Annual report of the Punjab Veterinary College and of the Civil Veterinary Department, Punjab - 1926-1932
Year: 1926
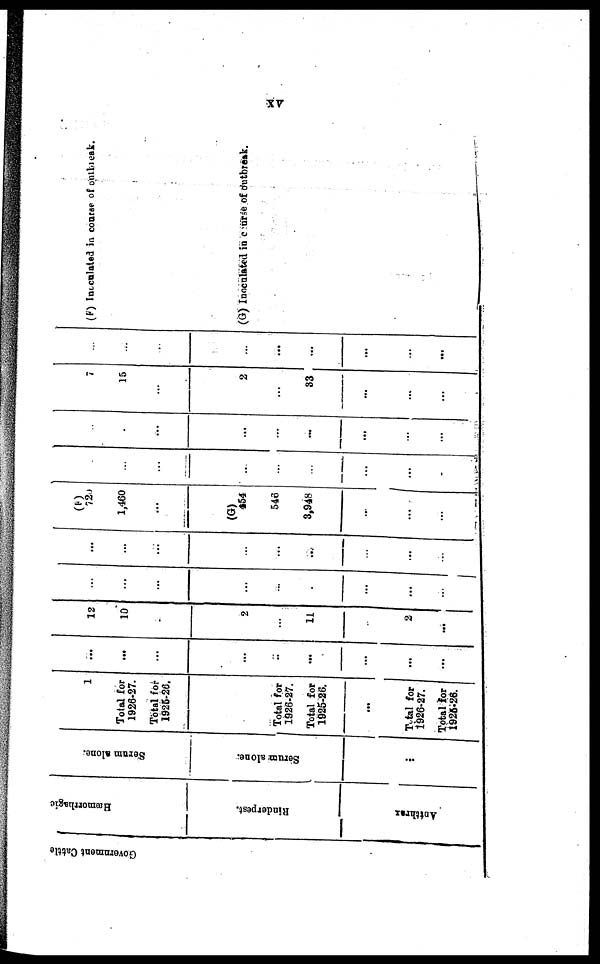
xv
Go v e r
n me n t Cat t l e
Hæmor r
ha gic
Rinderpest.
Anthrax
Se r
um a l
one .
Serum alone.
...
1
Total for
1926-27.
Total for
1925-26.
Total for
1926-27.
Total for
1925-26.
...
Total for
1926-27.
Total for
1925-26.
...
...
...
...
...
...
...
...
...
12
10
...
2
...
11
...
2
...
...
...
...
...
...
...
...
...
...
...
...
...
...
...
...
...
...
...
(F)
720
1,460
...
(G)
454
546
3,948
...
...
...
...
...
...
...
...
...
...
...
...
...
...
...
...
...
...
...
7
15
...
2
...
33
...
...
...
...
...
...
...
...
...
...
...
...
(F) Inoculated in course of outbreak.
(G) Inoculated in course of outbreak.